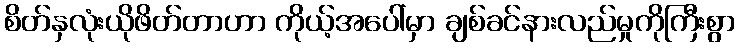
စိတ်နှလုံးယိုဖိတ်တာဟာ ကိုယ့်အပေါ်မှာ ချစ်ခင်နားလည်မှုကိုကြီးစွာ